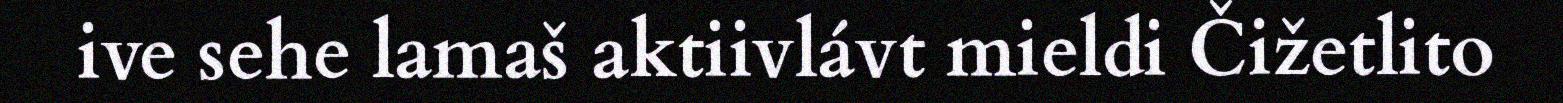
ive sehe lamaš aktiivlávt mieldi Čižetlito